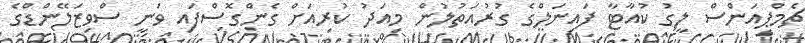
ޗެމްޕިއަންސް ލީގު ކުއާޓާ ފައިނަލްގެ ގުރުއަތުލުން މިއަދު ކުރިއަށް ގެންގޮސްފައި ވަނީ ސްވިޒަލޭންޑްގެ